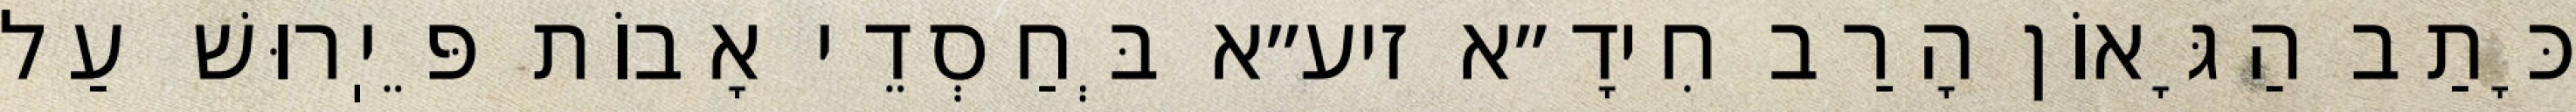
כָּתַב הַגָּאוֹן הָרַב חִידָ״א זיע״א בְּחַסְדֵי אָבוֹת פֵּיֽרוּשׁ עַל